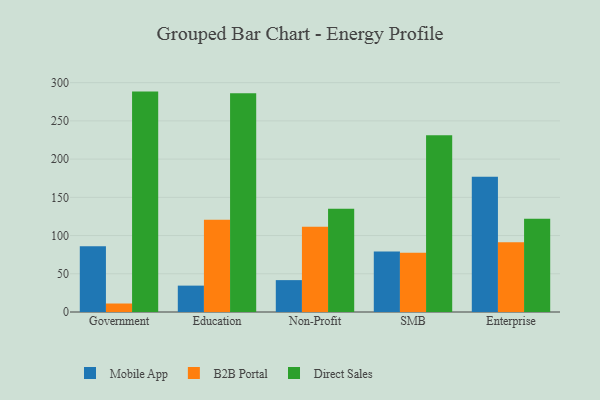
{"axis": {"x": "Segment", "y": "Conversion Rate (%)"}, "legend": ["B2B Portal", "Direct Sales", "Mobile App"], "data": [{"x": "Government", "y": 85.9, "type": "Mobile App"}, {"x": "Government", "y": 11.1, "type": "B2B Portal"}, {"x": "Government", "y": 288.3, "type": "Direct Sales"}, {"x": "Education", "y": 34.5, "type": "Mobile App"}, {"x": "Education", "y": 120.8, "type": "B2B Portal"}, {"x": "Education", "y": 286.2, "type": "Direct Sales"}, {"x": "Non-Profit", "y": 41.7, "type": "Mobile App"}, {"x": "Non-Profit", "y": 111.6, "type": "B2B Portal"}, {"x": "Non-Profit", "y": 135.1, "type": "Direct Sales"}, {"x": "SMB", "y": 79.0, "type": "Mobile App"}, {"x": "SMB", "y": 77.5, "type": "B2B Portal"}, {"x": "SMB", "y": 231.3, "type": "Direct Sales"}, {"x": "Enterprise", "y": 176.8, "type": "Mobile App"}, {"x": "Enterprise", "y": 91.1, "type": "B2B Portal"}, {"x": "Enterprise", "y": 121.9, "type": "Direct Sales"}]}